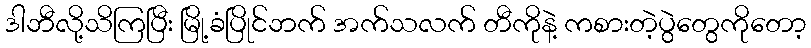
ဒါဘီလို့သိကြပြီး မြို့ခံပြိုင်ဘက် အက်သလက် တီကိုနဲ့ ကစားတဲ့ပွဲတွေကိုတော့